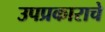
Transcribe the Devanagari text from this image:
उपप्रकाराचे